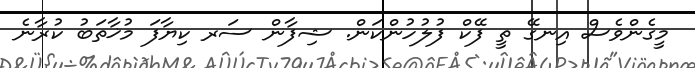
މީގެންވެސް އިނގޭ ތީ ފޭކް ފުލުހުންކަން. ޝިފާން ސަރ ކިޔާފަ މުޚާތަބު ކުރާނެ